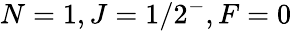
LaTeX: N=1,J=1/2^{-},F=0